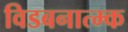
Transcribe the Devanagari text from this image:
विडबनात्म्क